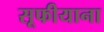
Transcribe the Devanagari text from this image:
सूफीयाना